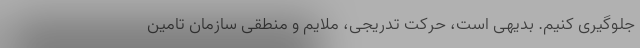
جلوگیری کنیم. بدیهی است، حرکت تدریجی، ملایم و منطقی سازمان تامین‌